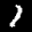
Label: 1